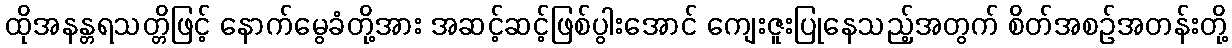
ထိုအနန္တရသတ္တိဖြင့် နောက်မွေခံတို့အား အဆင့်ဆင့်ဖြစ်ပွါးအောင် ကျေးဇူးပြုနေသည့်အတွက် စိတ်အစဉ်အတန်းတို့